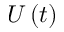
U \left( t \right)